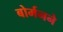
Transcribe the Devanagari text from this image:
बोर्मनने